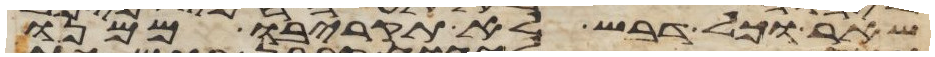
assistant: שאר וכל דבש לא תקריבו ממנו